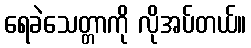
ရေခဲသေတ္တာကို လိုအပ်တယ်။